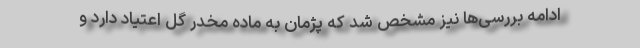
ادامه بررسی‌ها نیز مشخص شد که پژمان به ماده مخدر گل اعتیاد دارد و